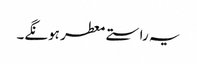
یہ راستے معطر ہونگے۔